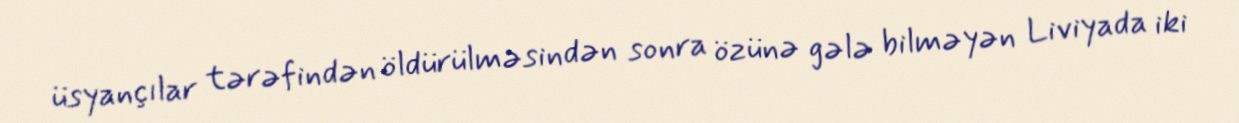
üsyançılar tərəfindən öldürülməsindən sonra özünə gələ bilməyən Liviyada iki